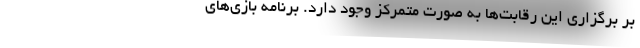
بر برگزاری این رقابت‌ها به صورت متمرکز وجود دارد. برنامه بازی‌های